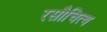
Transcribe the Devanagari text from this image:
रसौचित्य